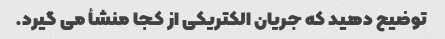
توضیح دهید که جریان الکتریکی از کجا منشأ می گیرد.